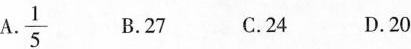
A.\frac{1}{5} B.27 C.24 D.20